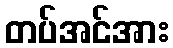
တပ်အင်အား